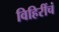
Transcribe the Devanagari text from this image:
विहिरींचं